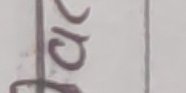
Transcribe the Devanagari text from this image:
खर्च